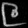
Digit: ၉